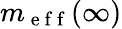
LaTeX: m_{\mathrm{~e~f~f~}}(\infty)